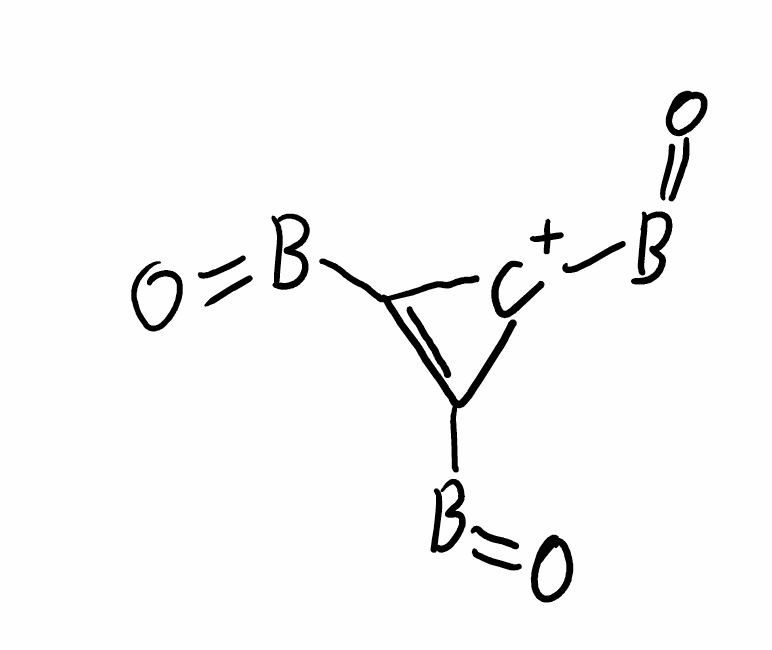
Simplified molecular-input line-entry system (SMILES) notation of the given molecule:
B(=O)C1=C([C+]1B=O)B=O